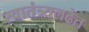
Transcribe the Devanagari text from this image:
स्वातंत्र्यलढेत